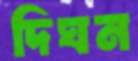
দিঘন